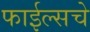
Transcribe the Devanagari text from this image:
फाईल्सचे